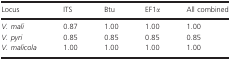
<table><thead><tr><td><b>Locus</b></td><td><b>ITS</b></td><td><b>Btu</b></td><td><b>EF1<i>α</i></b></td><td><b>All combined</b></td></tr></thead><tbody><tr><td><i>V. mali</i></td><td>0.87</td><td>1.00</td><td>1.00</td><td>1.00</td></tr><tr><td><i>V. pyri</i></td><td>0.85</td><td>0.85</td><td>0.85</td><td>0.85</td></tr><tr><td><i>V. malicola</i></td><td>1.00</td><td>1.00</td><td>1.00</td><td>1.00</td></tr></tbody></table>